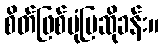
စိတ်ဖြစ်ပုံပြဆိုခန်း။